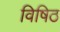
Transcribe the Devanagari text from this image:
विषिठ